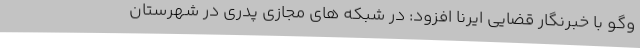
وگو با خبرنگار قضایی ایرنا افزود: در شبکه های مجازی پدری در شهرستان